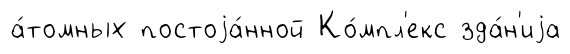
а́томных постоjа́нной Ко́мпл'екс зда́н'иjа